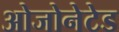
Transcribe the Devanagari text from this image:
ओजोनेटेड